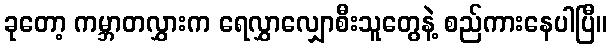
ခုတော့ ကမ္ဘာတလွှားက ရေလွှာလျှောစီးသူတွေနဲ့ စည်ကားနေပါပြီ။